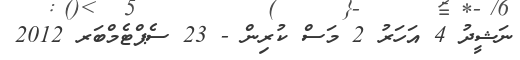
ނަޝީދު 4 އަހަރު 2 މަސް ކުރިން - 23 ސެޕްޓެމްބަރ 2012